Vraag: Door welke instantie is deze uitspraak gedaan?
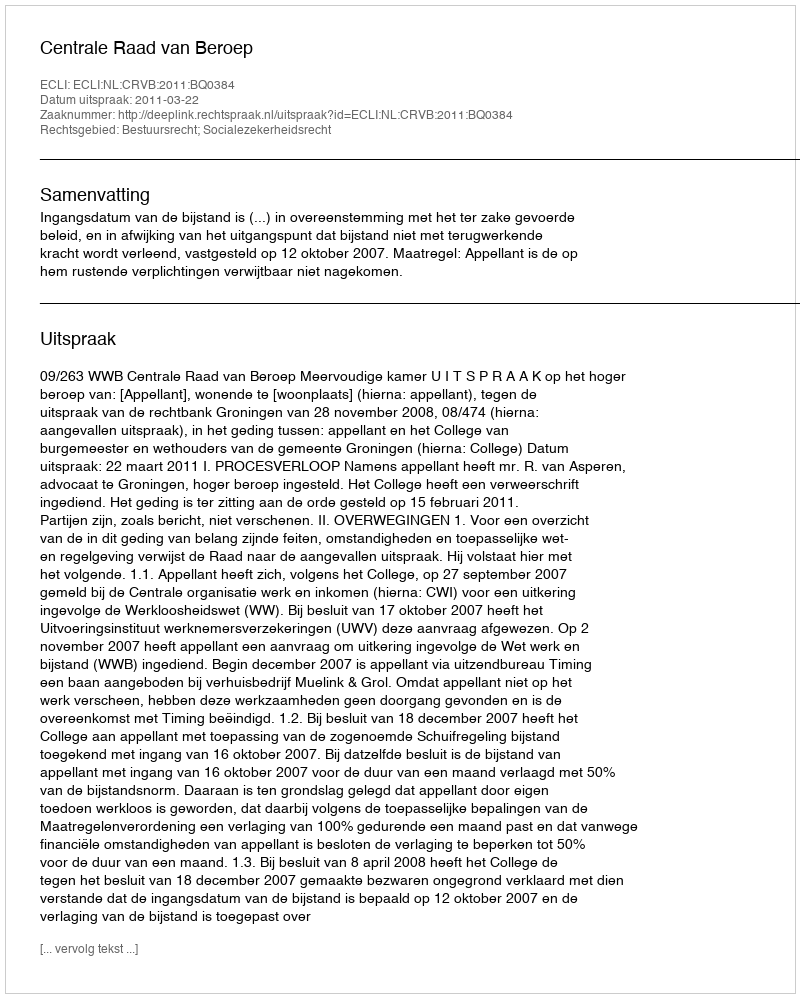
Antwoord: Centrale Raad van Beroep